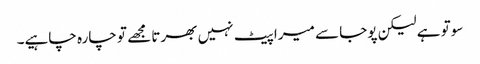
سوتو ہے لیکن پوجا سے میرا پیٹ نہیں بھرتا مجھے تو چارہ چاہیے۔